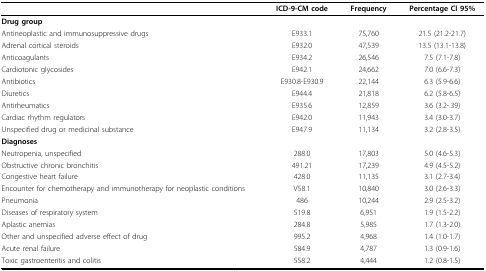
<table><thead><tr><td></td><td><b>ICD-9-CM code</b></td><td><b>Frequency</b></td><td><b>Percentage CI 95%</b></td></tr></thead><tbody><tr><td><b>Drug group</b></td><td></td><td></td><td></td></tr><tr><td>Antineoplastic and immunosuppressive drugs</td><td>E933.1</td><td>75,760</td><td>21.5 (21.2-21.7)</td></tr><tr><td>Adrenal cortical steroids</td><td>E932.0</td><td>47,539</td><td>13.5 (13.1-13.8)</td></tr><tr><td>Anticoagulants</td><td>E934.2</td><td>26,546</td><td>7.5 (7.1-7.8)</td></tr><tr><td>Cardiotonic glycosides</td><td>E942.1</td><td>24,662</td><td>7.0 (6.6-7.3)</td></tr><tr><td>Antibiotics</td><td>E930.8-E930.9</td><td>22,144</td><td>6.3 (5.9-6.6)</td></tr><tr><td>Diuretics</td><td>E944.4</td><td>21,818</td><td>6.2 (5.8-6.5)</td></tr><tr><td>Antirheumatics</td><td>E935.6</td><td>12,859</td><td>3.6 (3.2-.39)</td></tr><tr><td>Cardiac rhythm regulators</td><td>E942.0</td><td>11,943</td><td>3.4 (3.0-3.7)</td></tr><tr><td>Unspecified drug or medicinal substance</td><td>E947.9</td><td>11,134</td><td>3.2 (2.8-3.5)</td></tr><tr><td><b>Diagnoses</b></td><td></td><td></td><td></td></tr><tr><td>Neutropenia, unspecified</td><td>288.0</td><td>17,803</td><td>5.0 (4.6-5.3)</td></tr><tr><td>Obstructive chronic bronchitis</td><td>491.21</td><td>17,239</td><td>4.9 (4.5-5.2)</td></tr><tr><td>Congestive heart failure</td><td>428.0</td><td>11,135</td><td>3.1 (2.7-3.4)</td></tr><tr><td>Encounter for chemotherapy and immunotherapy for neoplastic conditions</td><td>V58.1</td><td>10,840</td><td>3.0 (2.6-3.3)</td></tr><tr><td>Pneumonia</td><td>486</td><td>10,244</td><td>2.9 (2.5-3.2)</td></tr><tr><td>Diseases of respiratory system</td><td>519.8</td><td>6,951</td><td>1.9 (1.5-2.2)</td></tr><tr><td>Aplastic anemias</td><td>284.8</td><td>5,985</td><td>1.7 (1.3-2.0)</td></tr><tr><td>Other and unspecified adverse effect of drug</td><td>995.2</td><td>4,968</td><td>1.4 (1.0-1.7)</td></tr><tr><td>Acute renal failure</td><td>584.9</td><td>4,787</td><td>1.3 (0.9-1.6)</td></tr><tr><td>Toxic gastroenteritis and colitis</td><td>558.2</td><td>4,444</td><td>1.2 (0.8-1.5)</td></tr></tbody></table>